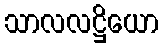
သာလလဋ္ဌိယော